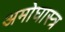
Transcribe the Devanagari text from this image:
अमोघास्त्र